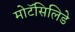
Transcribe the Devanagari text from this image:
मोटॅसिलिडे